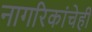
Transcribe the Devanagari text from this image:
नागरिकांचेही